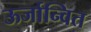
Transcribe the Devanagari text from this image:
ऊर्जान्वित